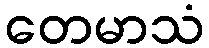
တေမာသံ